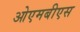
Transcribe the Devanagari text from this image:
ओएमबीएस